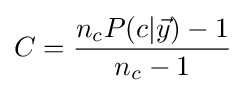
C={\frac {n_{c}P(c|{\vec {y}})-1}{n_{c}-1}}